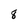
Character: 8